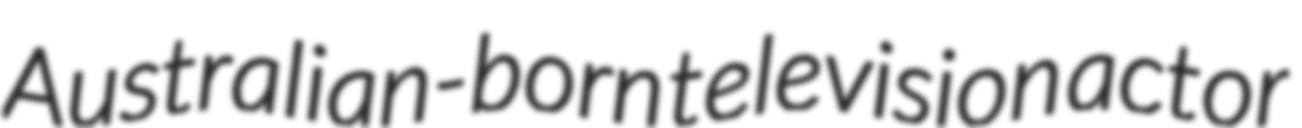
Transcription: Australian-born television actor